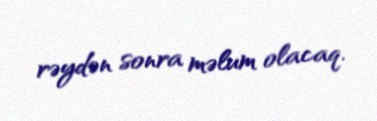
rəydən sonra məlum olacaq.